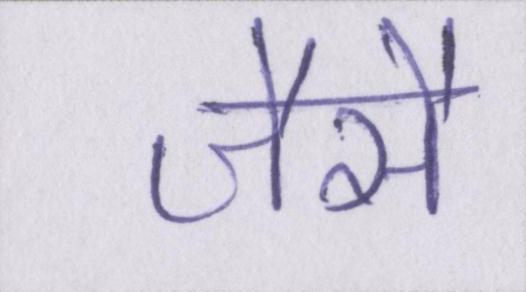
जैसै